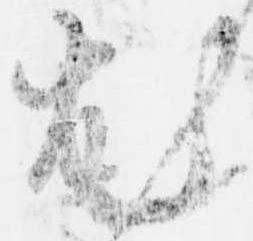
尤